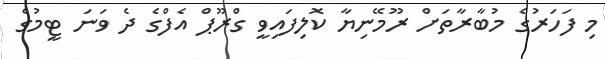
މި ފަހަރުގެ މުބާރާތަށް ރޫމޭނިޔާ ކޮލިފައިވީ ގްރޫޕް އެފްގެ ދެ ވަނަ ޓީމުގެ